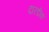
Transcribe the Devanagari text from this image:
दारडीक